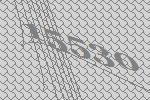
15530